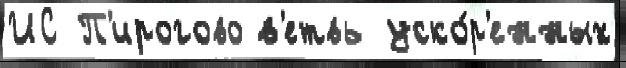
ИС П'ирогово в'етвь уско́р'енных